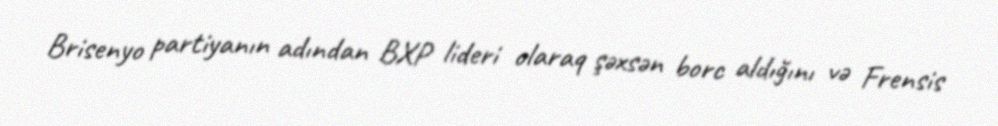
Brisenyo partiyanın adından BXP lideri olaraq şəxsən borc aldığını və Frensis